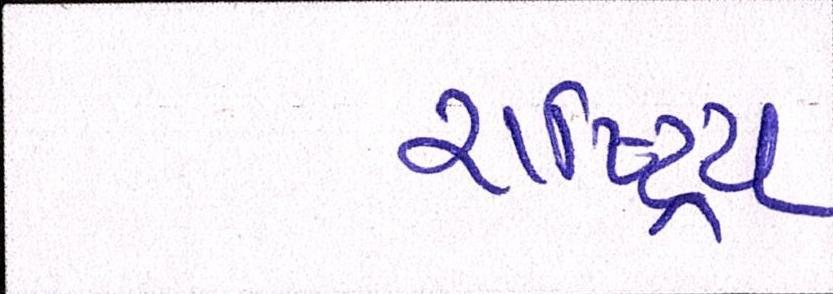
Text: રાષ્ટ્રિય